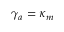
\gamma _ { a } = \kappa _ { m }